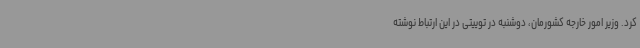
کرد. وزیر امور خارجه کشورمان، دوشنبه در توییتی در این ارتباط نوشته